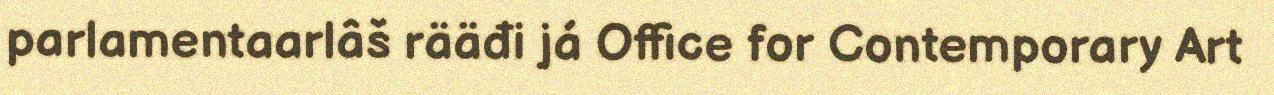
parlamentaarlâš rääđi já Office for Contemporary Art